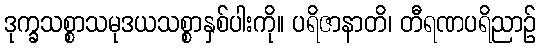
ဒုက္ခသစ္စာသမုဒယသစ္စာနှစ်ပါးကို။ ပရိဇာနာတိ၊ တီရဏပရိညာဉ်